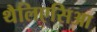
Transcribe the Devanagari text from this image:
थैलिएसिआ